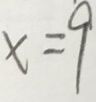
x = 9